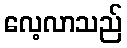
လေ့လာသည်